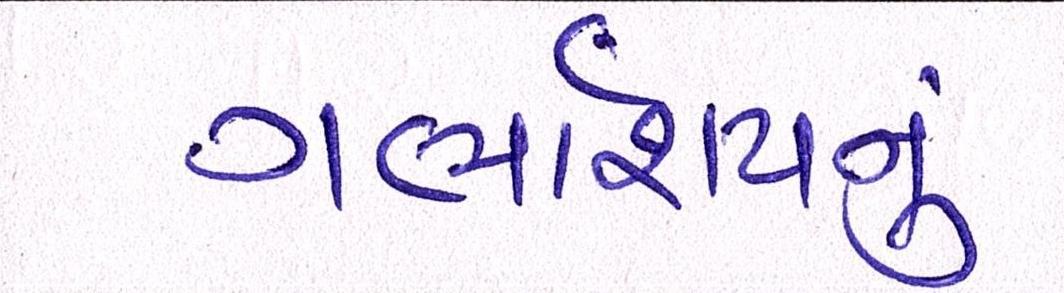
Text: ગર્ભાશયનું